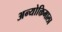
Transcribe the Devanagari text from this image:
अन्योक्तिमाला